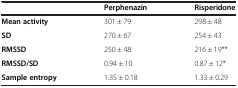
|  | Perphenazin | Risperidone |
 | --- | --- | --- |
 | Mean activity | 301 ± 79 | 298 ± 48 |
 | SD | 270 ± 67 | 254 ± 43 |
 | RMSSD | 250 ± 48 | 216 ± 19** |
 | RMSSD/SD | 0.94 ± 10 | 0.87 ± 12* |
 | Sample entropy | 1.35 ± 0.18 | 1.33 ± 0.29 |